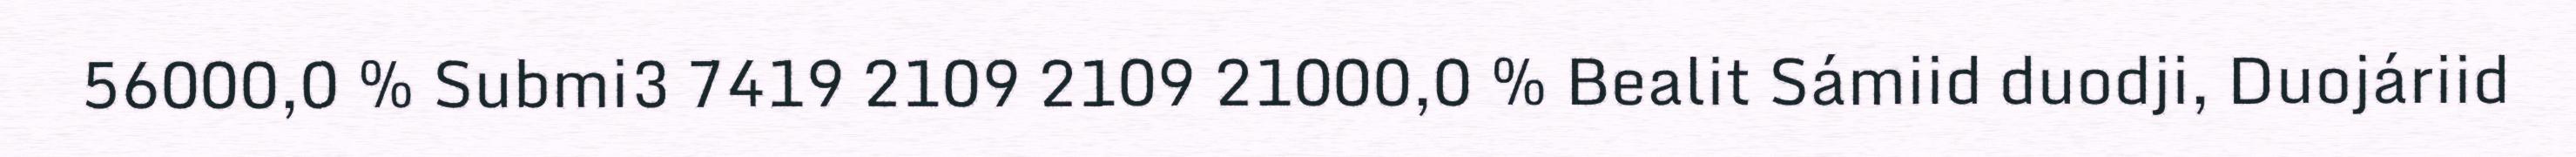
56000,0 % Submi3 7419 2109 2109 21000,0 % Bealit Sámiid duodji, Duojáriid